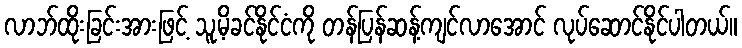
လာဘ်ထိုးခြင်းအားဖြင့် သူ့မိခင်နိုင်ငံကို တန်ပြန်ဆန့်ကျင်လာအောင် လုပ်ဆောင်နိုင်ပါတယ်။